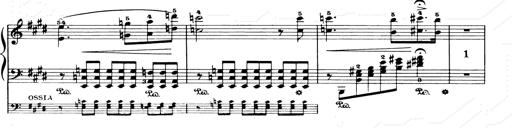
Title: Consolations and LiebestrÃ¤ume for the Piano
Composer: Franz Liszt